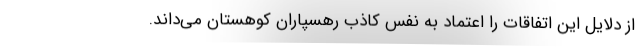
از دلایل این اتفاقات را اعتماد به نفس کاذب رهسپاران کوهستان می‌داند.